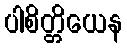
ပါစိတ္တိယေန